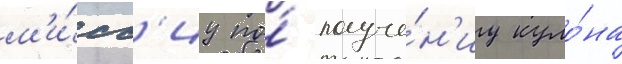
м'и́сс'иу по́ получе́н'иу куло́на